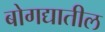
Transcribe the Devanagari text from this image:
बोगद्यातील